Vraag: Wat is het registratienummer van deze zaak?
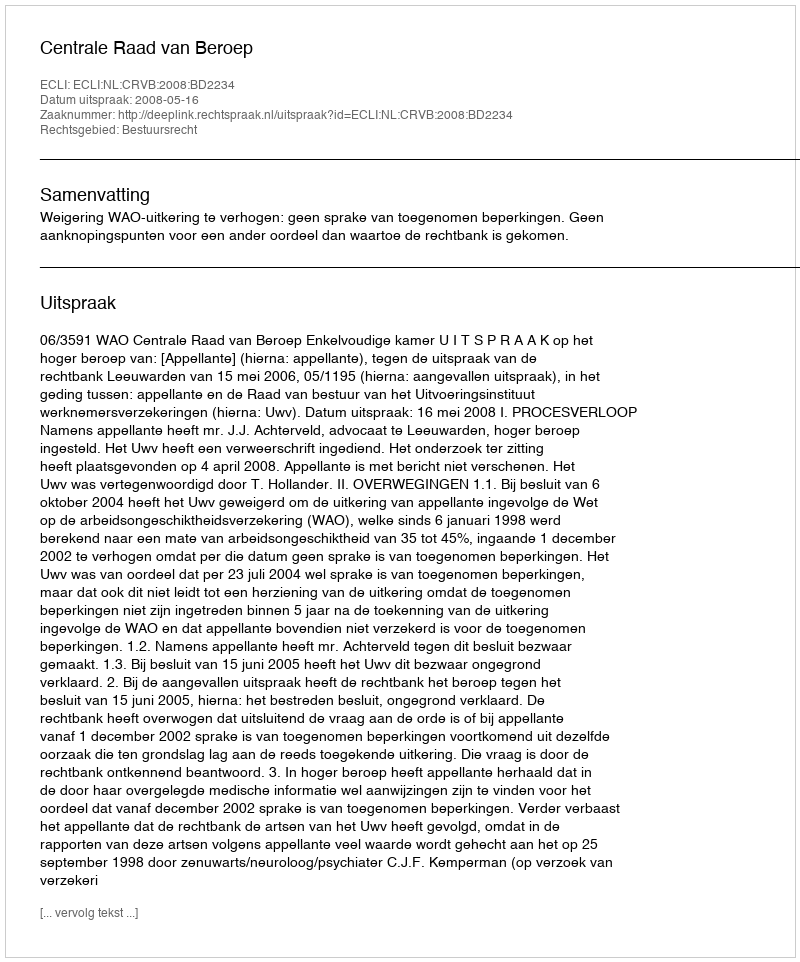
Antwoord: http://deeplink.rechtspraak.nl/uitspraak?id=ECLI:NL:CRVB:2008:BD2234